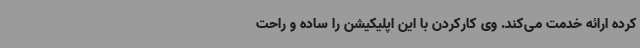
کرده ارائه خدمت می‌کند. وی کارکردن با این اپلیکیشن را ساده و راحت